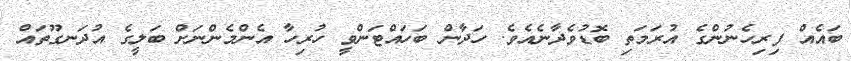
ބައެއް ފިރިހެނުންގެ އުރަމަތި ބޮޑުވެދާނެއެވެ. ހަދާން ބަހައްޓަންވީ ހުރިހާ އެންމެންނަށް ބަލީގެ އުދަނގޫތައް